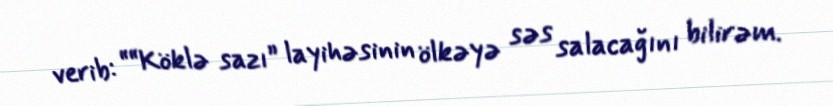
verib: ““Köklə sazı” layihəsinin ölkəyə səs salacağını bilirəm.